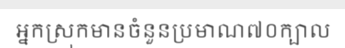
អ្នកស្រុកមានចំនួនប្រមាណ៧០ក្បាល